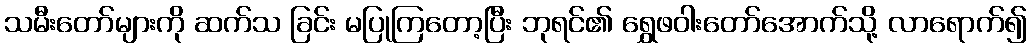
သမီးတော်များကို ဆက်သ ခြင်း မပြုကြတော့ပြီး ဘုရင်၏ ရွှေဖဝါးတော်အောက်သို့ လာရောက်၍